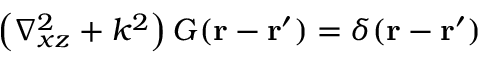
\left( \nabla _ { x z } ^ { 2 } + k ^ { 2 } \right) G ( \mathbf { r } - \mathbf { r } ^ { \prime } ) = \delta ( \mathbf { r } - \mathbf { r } ^ { \prime } )